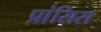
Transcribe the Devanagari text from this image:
प्रांसिस